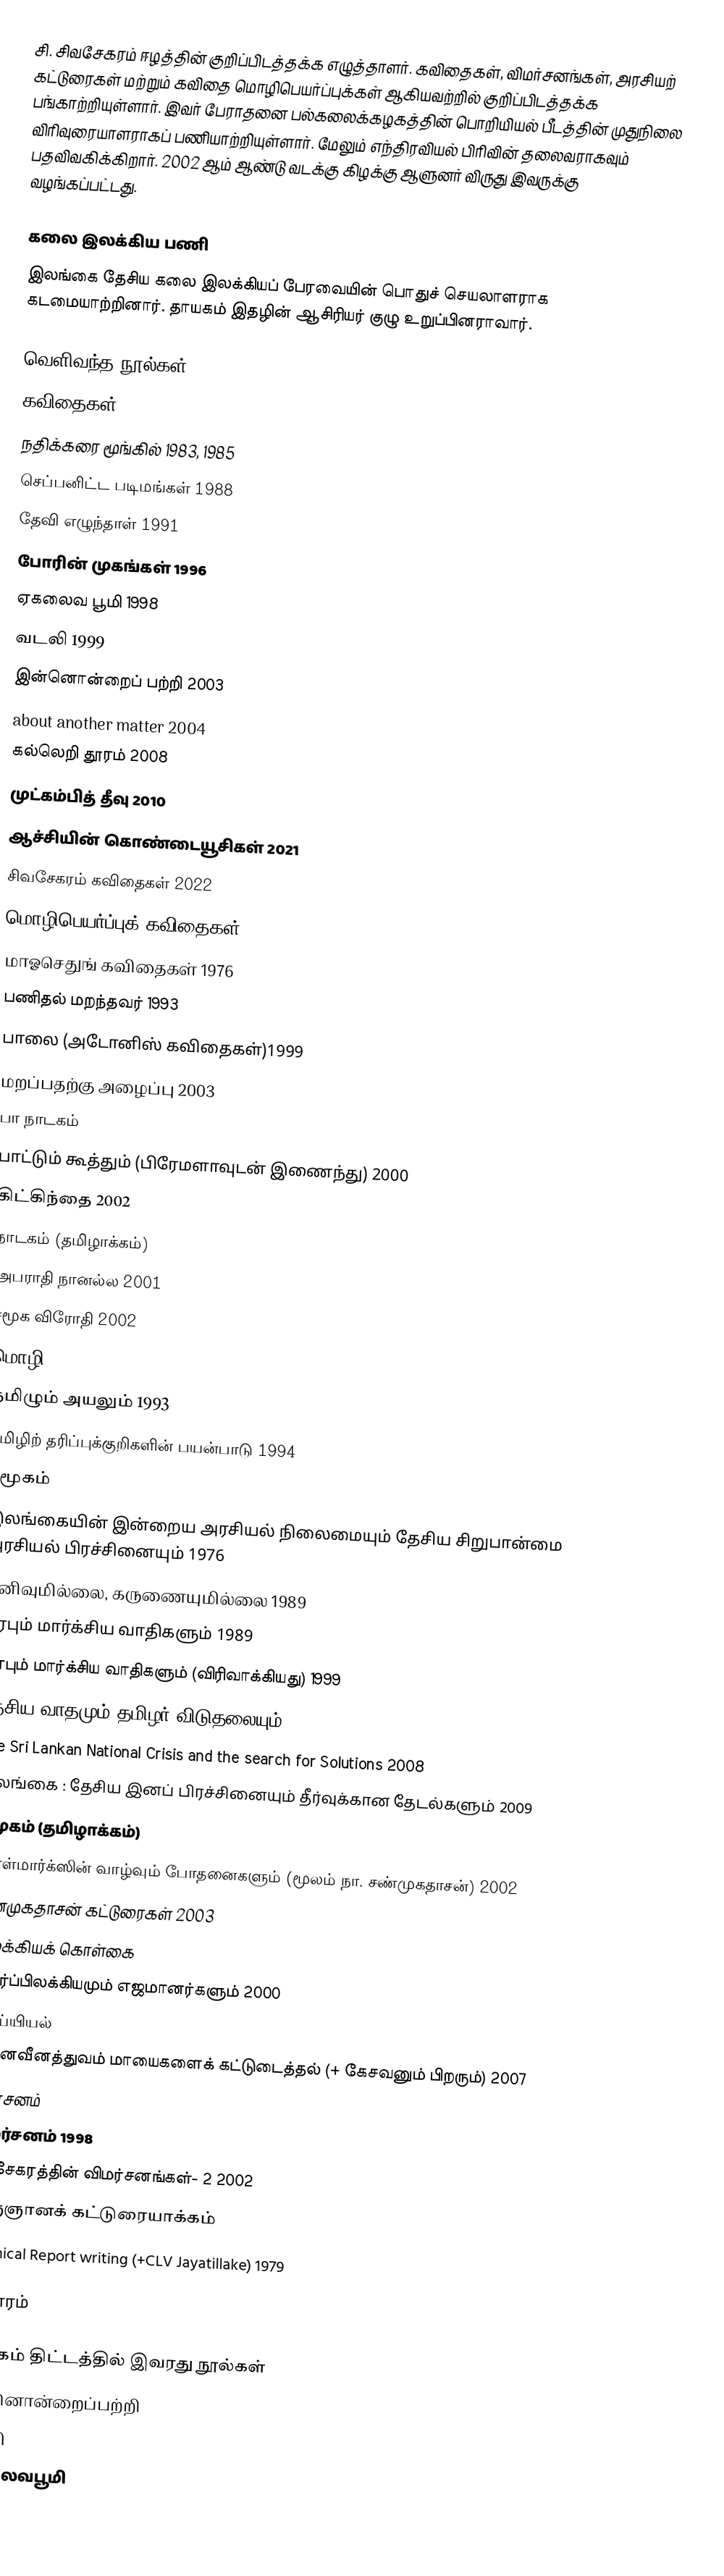
சி. சிவசேகரம் ஈழத்தின் குறிப்பிடத்தக்க எழுத்தாளர். கவிதைகள், விமர்சனங்கள், அரசியற் கட்டுரைகள் மற்றும் கவிதை மொழிபெயர்ப்புக்கள் ஆகியவற்றில் குறிப்பிடத்தக்க பங்காற்றியுள்ளார். இவர் பேராதனை பல்கலைக்கழகத்தின் பொறியியல் பீடத்தின் முதுநிலை விரிவுரையாளராகப் பணியாற்றியுள்ளார். மேலும் எந்திரவியல் பிரிவின் தலைவராகவும் பதவிவகிக்கிறார். 2002 ஆம் ஆண்டு வடக்கு கிழக்கு ஆளுனர் விருது இவருக்கு வழங்கப்பட்டது.

கலை இலக்கிய பணி
இலங்கை தேசிய கலை இலக்கியப் பேரவையின் பொதுச் செயலாளராக கடமையாற்றினார். தாயகம் இதழின் ஆசிரியர் குழு உறுப்பினராவார்.

வெளிவந்த நூல்கள்
கவிதைகள்
 நதிக்கரை மூங்கில் 1983, 1985
 செப்பனிட்ட படிமங்கள் 1988
 தேவி எழுந்தாள் 1991
 போரின் முகங்கள் 1996
 ஏகலைவ பூமி 1998
 வடலி 1999
 இன்னொன்றைப் பற்றி 2003
 about another matter 2004
 கல்லெறி தூரம் 2008
 முட்கம்பித் தீவு 2010
 ஆச்சியின் கொண்டையூசிகள் 2021
 சிவசேகரம் கவிதைகள் 2022
மொழிபெயர்ப்புக் கவிதைகள்
 மாஓசெதுங் கவிதைகள் 1976
 பணிதல் மறந்தவர் 1993
 பாலை (அடோனிஸ் கவிதைகள்)1999
 மறப்பதற்கு அழைப்பு 2003
பா நாடகம்
 பாட்டும் கூத்தும் (பிரேமளாவுடன் இணைந்து) 2000
 கிட்கிந்தை 2002
நாடகம் (தமிழாக்கம்)
 அபராதி நானல்ல 2001
 சமூக விரோதி 2002
மொழி
 தமிழும் அயலும் 1993
 தமிழிற் தரிப்புக்குறிகளின் பயன்பாடு 1994
சமூகம்
 இலங்கையின் இன்றைய அரசியல் நிலைமையும் தேசிய சிறுபான்மை அரசியல் பிரச்சினையும் 1976
 கனிவுமில்லை, கருணையுமில்லை 1989
 மரபும் மார்க்சிய வாதிகளும் 1989
 மரபும் மார்க்சிய வாதிகளும் (விரிவாக்கியது) 1999
 தேசிய வாதமும் தமிழர் விடுதலையும் 1999
 The Sri Lankan National Crisis and the search for Solutions 2008
 இலங்கை : தேசிய இனப் பிரச்சினையும் தீர்வுக்கான தேடல்களும் 2009
சமூகம் (தமிழாக்கம்)
 கார்ள்மார்க்ஸின் வாழ்வும் போதனைகளும் (மூலம் நா. சண்முகதாசன்) 2002
 சண்முகதாசன் கட்டுரைகள் 2003
இலக்கியக் கொள்கை
 எதிர்ப்பிலக்கியமும் எஜமானர்களும் 2000
மெய்யியல்
 பின்னவீனத்துவம் மாயைகளைக் கட்டுடைத்தல் (+ கேசவனும் பிறரும்) 2007
விமர்சனம்
 விமர்சனம் 1998
 சிவசேகரத்தின் விமர்சனங்கள்- 2 2002
விஞ்ஞானக் கட்டுரையாக்கம்
 Technical Report writing (+CLV Jayatillake) 1979

ஆதாரம்

நூலகம் திட்டத்தில் இவரது நூல்கள்
 இன்னொன்றைப்பற்றி
 வடலி
 ஏகலைவபூமி
 செப்ப